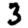
Digit: 3